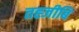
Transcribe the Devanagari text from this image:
तह्जीबि